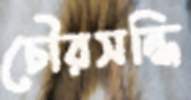
চৌরসন্ধি